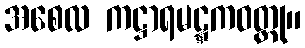
အစေလ ကဋ္ဌာရမဋ္ဋကဝတ္ထု။